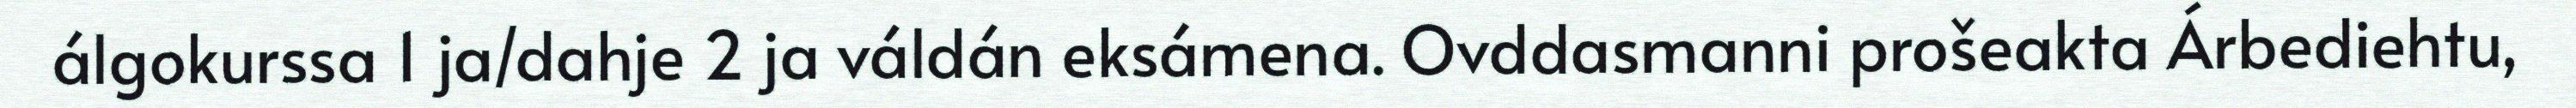
álgokurssa 1 ja/dahje 2 ja váldán eksámena. Ovddasmanni prošeakta Árbediehtu,